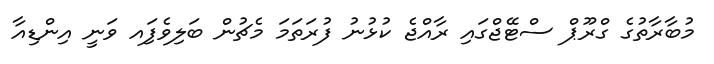
މުބާރާތުގެ ގްރޫޕް ސްޓޭޖްގައި ރާއްޖެ ކުޅުނު ފުރަތަމަ މެޗުން ބަލިވެފަިއ ވަނީ އިންޑިއާ